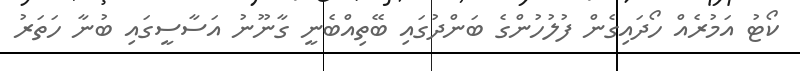
ކޯޓު އަމުރެއް ހޯދައިގެން ފުލުހުންގެ ބަންދުގައި ބޭތިއްބެނީ ގާނޫނު އަސާސީގައި ބުނާ ހަތަރު